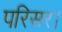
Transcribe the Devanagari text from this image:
परिसर।